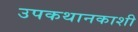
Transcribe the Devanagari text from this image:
उपकथानकाशी